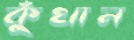
কুঁথান